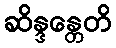
ဆိန္ဒန္တေတိ